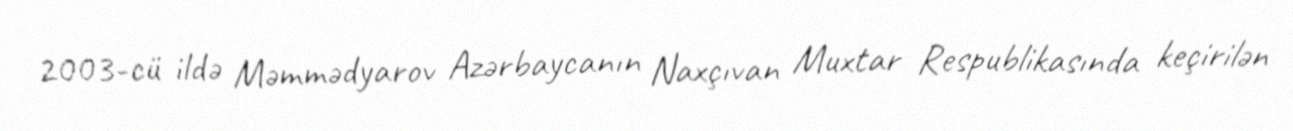
2003-cü ildə Məmmədyarov Azərbaycanın Naxçıvan Muxtar Respublikasında keçirilən